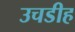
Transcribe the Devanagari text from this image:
उचडीह